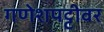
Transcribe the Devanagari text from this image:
गणेशपट्टीवर